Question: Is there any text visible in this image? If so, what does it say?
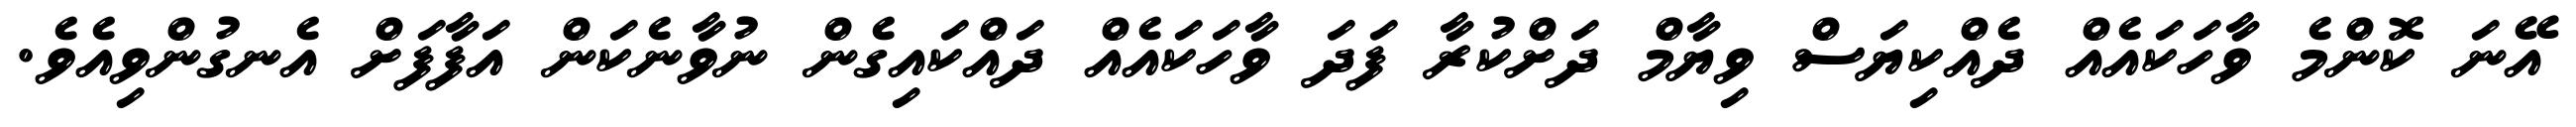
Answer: އޭނަ ކޮންމެ ވާހަކައެއް ދެއްކިޔަސް ވިޔާމް ދަށްކުރާ ފަދަ ވާހަކައެއް ދައްކައިގެން ނުވާނެކަން އަފާފަށް އެނގުންވިއެވެ.